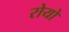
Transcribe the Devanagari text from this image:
रोयो